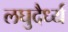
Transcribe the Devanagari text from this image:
लघुदैर्ध्य